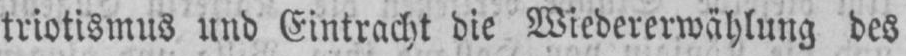
triotismus und Eintracht die Wiedererwählung des